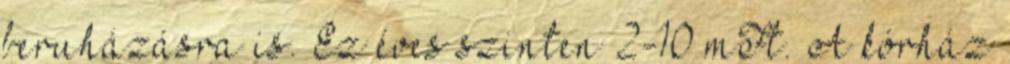
beruházásra is. Ez éves szinten 2-10 mFt. A kórház